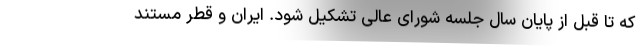
که تا قبل از پایان سال جلسه شورای عالی تشکیل شود. ایران و قطر مستند